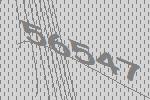
56547